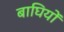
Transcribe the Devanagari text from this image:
बाघियों